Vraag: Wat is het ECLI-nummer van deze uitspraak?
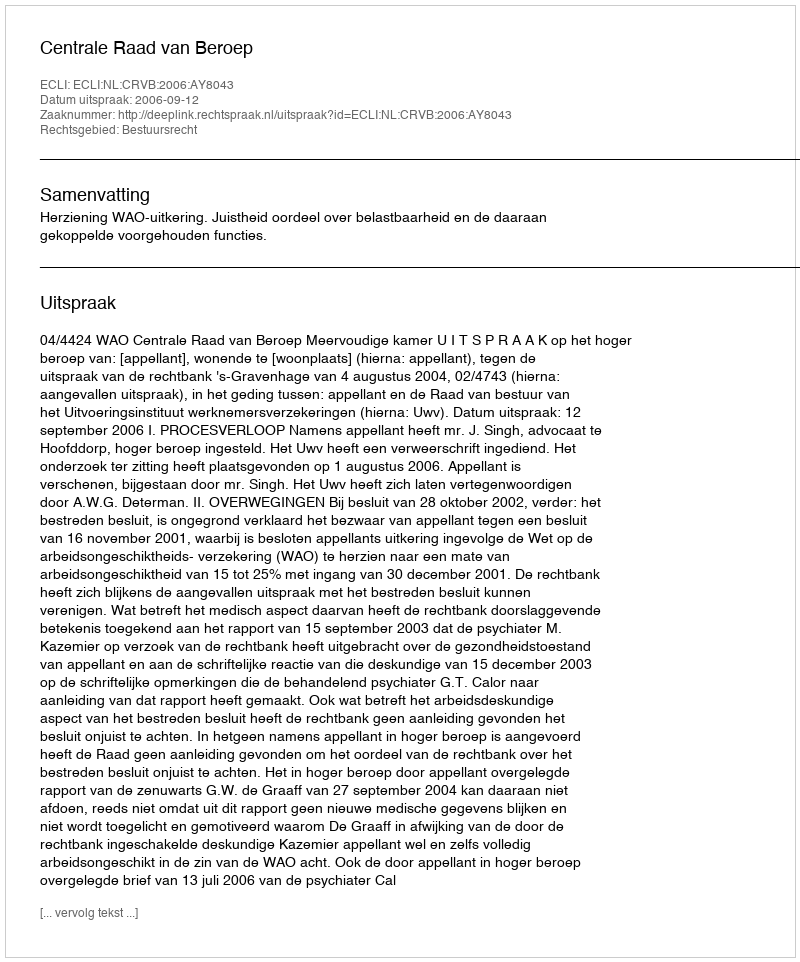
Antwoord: ECLI:NL:CRVB:2006:AY8043